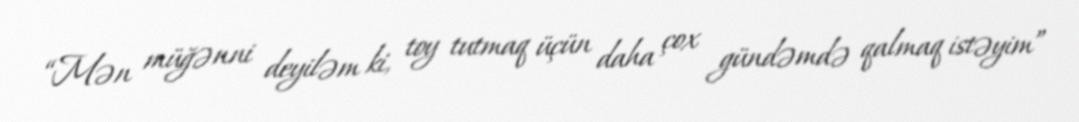
“Mən müğənni deyiləm ki, toy tutmaq üçün daha çox gündəmdə qalmaq istəyim”